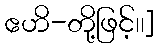
ဧဟိ-တို့ဖြင့်၊၊]